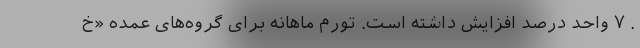
. ٧ واحد درصد افزایش داشته است. تورم ماهانه برای گروه‌های عمده «خ